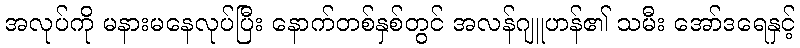
အလုပ်ကို မနားမနေလုပ်ပြီး နောက်တစ်နှစ်တွင် အလန်ဂျူဟန်၏ သမီး အော်ဒရေနှင့်